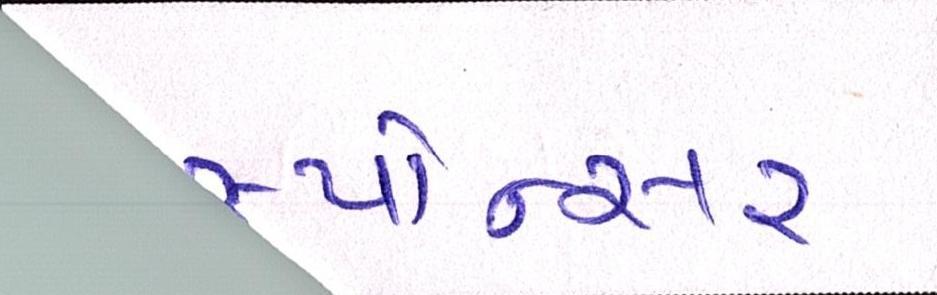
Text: સ્પોન્સર